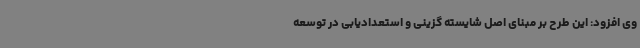
وی افزود: این طرح بر مبنای اصل شایسته گزینی و استعدادیابی در توسعه